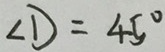
\angle D = 4 5 ^ { \circ }